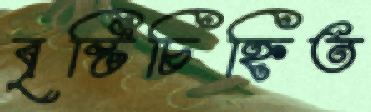
বৃষ্টিচিহ্নিত